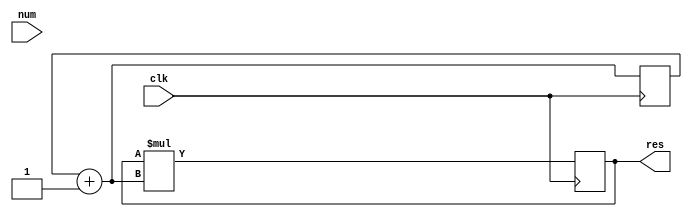
module factorial(num, res, clk);
    // Declare input port "clk" for the clock signal
    input clk;
    
    // Declare input port "num" as a 4-bit vector
    input [3:0] num;
    
    // Declare output port "res" as a 16-bit vector
    output [15:0] res;
    
    // Declare internal registers "res" and "counter"
    reg [15:0] res;
    reg [15:0] counter; // Integer counter
    
    // Initialize the counter to 0 and res to 1 (factorial of 0)
    initial begin
        counter = 0;
        res = 16'b1;
    end
    
    // Always block triggered on the positive edge of clk
    always @(posedge clk) begin
        // Increment the counter by 1 in each clock cycle
        counter = counter + 1;
        
        // Calculate the factorial: res = res * counter
        res = res * counter;
    end
endmodule